Civil Veterinary Department. Madras. Admin. report 1926-33 - 1926-1933
Year: 1926
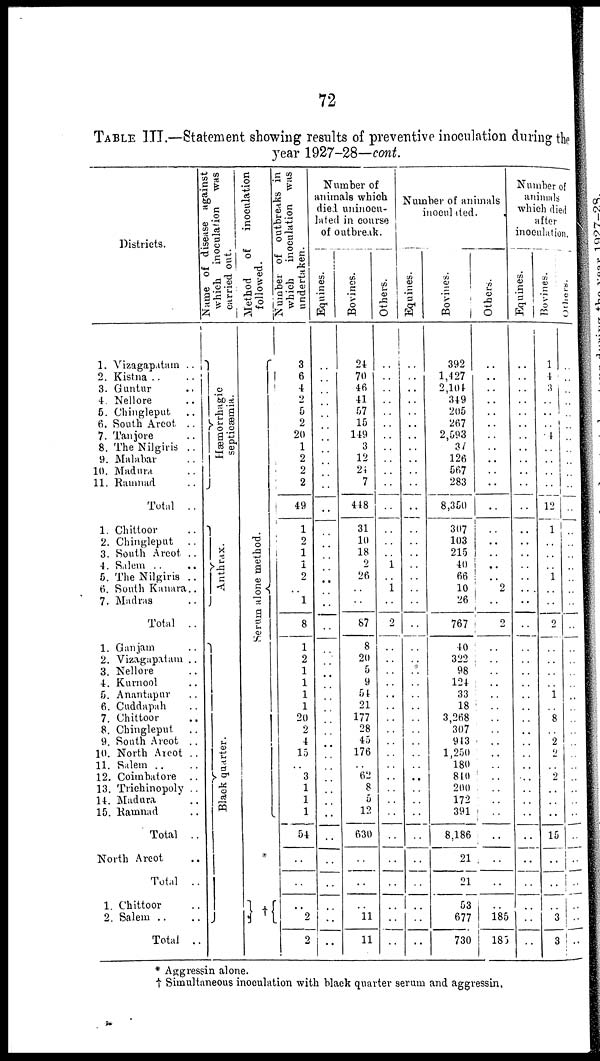
72
TABLE III.—Statement showing results of preventive inoculation during the
year 1927-28—cont.
Districts.
1. Vizagapatam ..
2. Kistna .. ..
3. Guntur
..
4. Nellore ..
6. Chingleput ..
6. South Arcot ..
7. Tanjore ..
8. The Nilgiris ..
9. Malabar ..
10. Madura ..
11. Ramnad ..
Total ..
1. Chittoor ..
2. Chingleput ..
3. South Arcot ..
4. Salem .. ..
5. The Nilgiris ..
6. South Kanara..
7. Madras ..
Total ..
1. Ganjam ..
2. Vizagapatam ..
3. Nellore ..
4. Kurnool ..
5. Anantapur ..
6. Cuddapah ..
7. Chittoor ..
8. Chingleput ..
9. South Arcot ..
10. North Arcot ..
11. Salem .. ..
12. Coimbatore ..
13. Trichinopoly ..
14. Madura ..
15. Ramnad ..
Total ..
North Arcot ..
Total ..
1. Chittoor ..
2. Salem .. ..
Total ..
Name of disease against
which inoculation was
carried out.
Hæmorrhagic
septicaemia.
Anthrax.
Black quarter.
Method
of inoculation
followed.
Serum alone method.
*
Number of outbreaks in
which inoculation was
undertaken.
3
6
4
2
6
2
20
1
2
2
2
49
1
2
1
1
2
..
1
8
1
2
1
1
1
1
20
2
4
15
..
3
1
1
1
54
..
..
..
2
2
Number of
animals which
died uninocu-
lated in course
of outbreak.
Equines.
..
..
..
..
..
..
..
..
..
..
..
..
..
..
..
..
..
..
..
..
..
..
..
..
..
..
..
..
..
..
..
..
..
..
..
..
..
..
..
..
..
Bovines.
24
70
46
41
57
15
149
3
12
24
7
448
31
10
18
2
26
..
..
87
8
20
5
9
51
21
177
28
45
176
..
62
8
0
12
630
..
..
11
11
Others.
..
..
..
..
..
..
..
..
..
..
..
..
..
..
..
1
..
1
..
2
..
..
..
..
..
..
..
..
..
..
..
..
..
..
..
..
..
..
..
..
..
Number of animals
inoculated.
Equines.
..
..
..
..
..
..
..
..
..
..
..
..
..
..
..
..
..
..
..
..
..
..
..
..
..
..
..
..
..
..
..
..
..
..
..
..
..
..
..
..
..
Bovines.
392
1,427
2,101
349
205
267
2,593
34
126
567
283
8,350
307
103
215
40
66
10
26
767
40
322
98
124
33
18
3,268
307
913
1,250
180
810
200
172
391
8,186
21
21
53
677
730
Others.
..
..
..
..
..
..
..
..
..
..
..
..
..
..
..
..
..
2
..
2
..
..
..
..
..
..
..
..
..
..
..
..
..
..
..
..
..
..
..
185
185
Number of
animals
which died
after
inoculation.
Equines.
..
..
..
..
..
..
..
..
..
..
..
..
..
..
..
..
..
..
..
..
..
..
..
..
..
..
..
..
..
..
..
..
..
..
..
..
..
..
..
..
..
Bovines.
1
4
3
..
..
..
..
..
..
..
..
12
1
..
..
..
1
..
..
2
..
..
..
..
1
..
8
..
2
2
..
2
..
..
..
15
..
..
..
3
3
Others.
..
..
..
..
..
..
..
..
..
..
..
..
..
..
..
..
..
..
..
..
..
..
..
..
..
..
..
..
..
..
..
..
..
..
..
..
..
..
..
..
..
* Aggressin alone.
† Simultaneous inoculation with black quarter serum and aggressin,